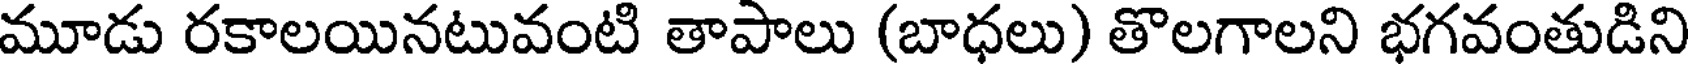
మూడు రకాలయినటువంటి తాపాలు (బాధలు) తొలగాలని భగవంతుడిని